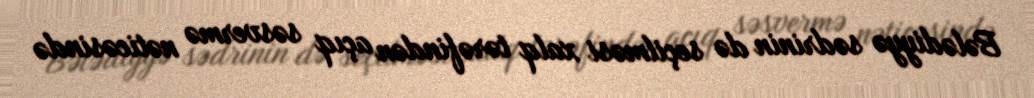
Bələdiyyə sədrinin də seçilməsi xalq tərəfindən açıq səsvermə nəticəsində